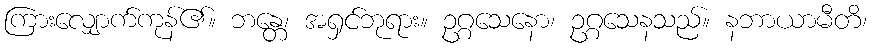
ကြားလျှောက်ကုန်၏။ ဘန္တေ၊ အရှင်ဘုရား။ ဥဂ္ဂသေနော၊ ဥဂ္ဂသေနသည်။ နဘာယာမီတိ၊